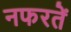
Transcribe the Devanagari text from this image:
नफरतें